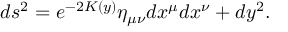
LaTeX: d s ^ { 2 } = e ^ { - 2 K ( y ) } \eta _ { \mu \nu } d x ^ { \mu } d x ^ { \nu } + d y ^ { 2 } .